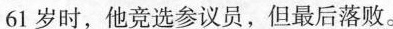
61岁时，他竞选参议员，但最后落败。